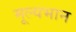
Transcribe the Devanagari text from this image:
मूल्यभान